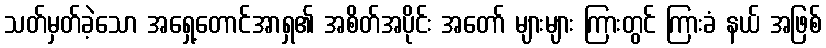
သတ်မှတ်ခဲ့သော အရှေ့တောင်အာရှ၏ အစိတ်အပိုင်း အတော် များများ ကြားတွင် ကြားခံ နယ် အဖြစ်